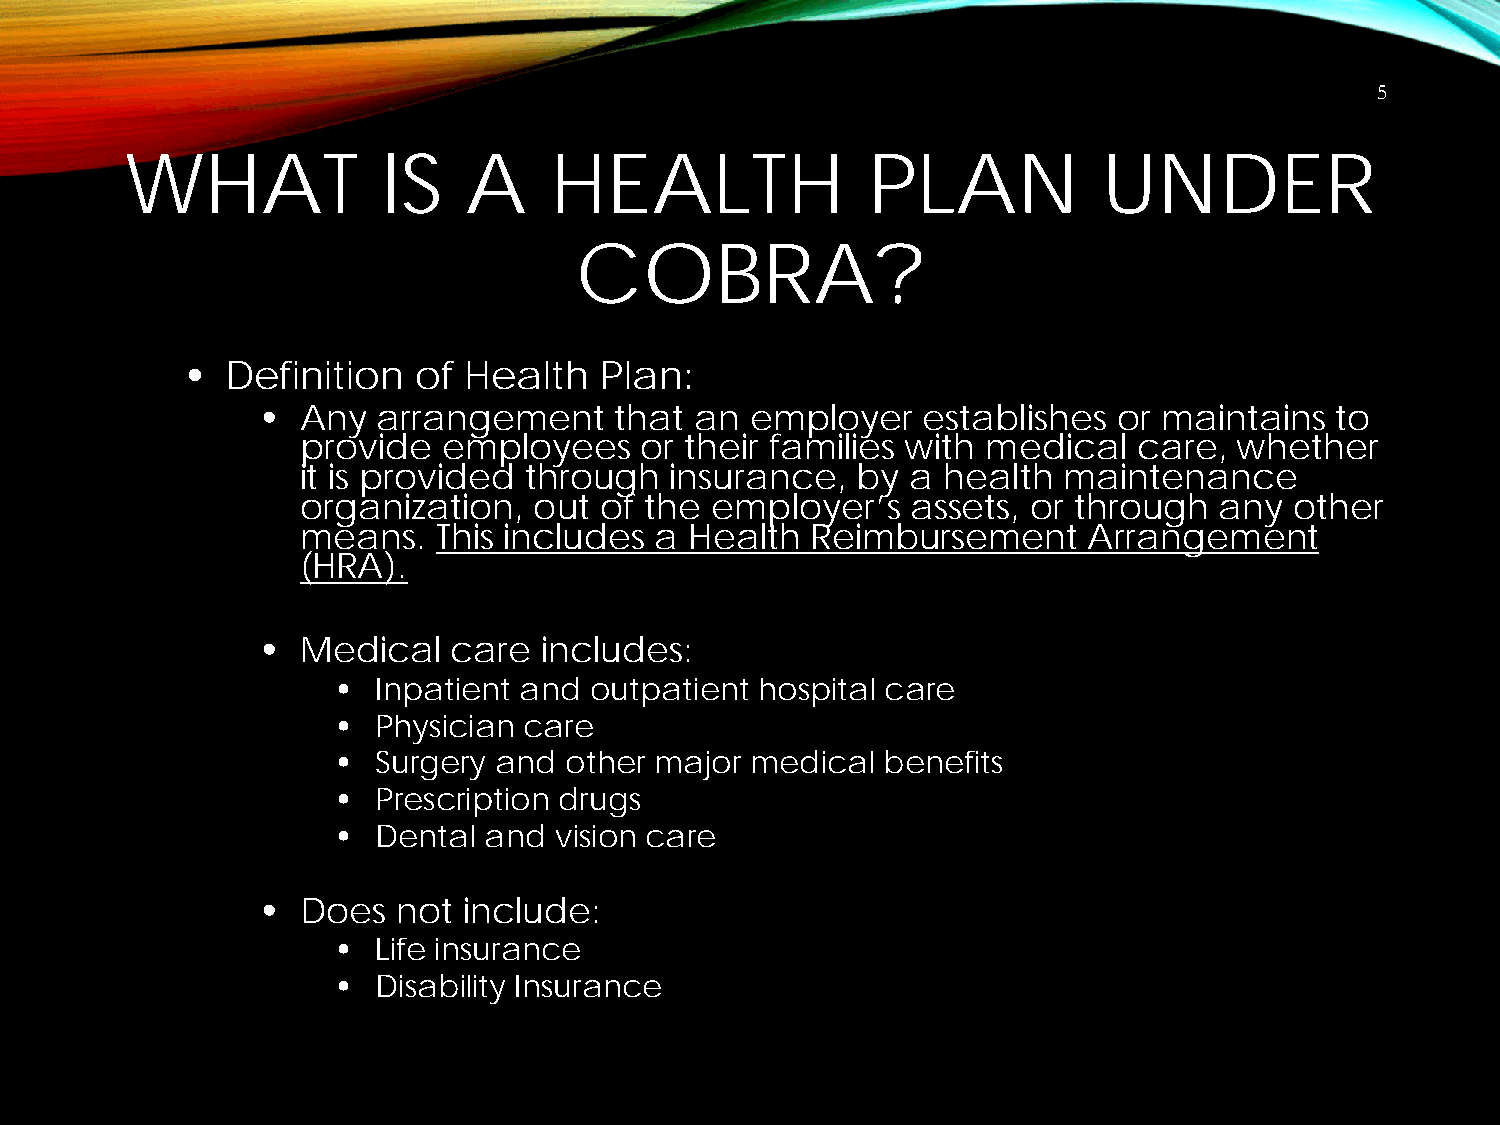
5
 WHAT             IS    A    HEALTH               PLAN            UNDER
 COBRA?
 •  Definition  of  Health   Plan:
 •  Any  arrangement     that an  employer   establishes  or maintains  to
 provide  employees    or their families with medical   care,  whether
 it is provided through  insurance,   by a health  maintenance
 organization,  out  of the employer’s   assets, or through   any  other
 means.   This includes a  Health  Reimbursement     Arrangement
 (HRA).
 •  Medical   care  includes:
 •  Inpatient and outpatient hospital care
 •  Physician care
 •  Surgery and other major  medical benefits
 •  Prescription drugs
 •  Dental and  vision care
 •  Does  not  include:
 •  Life insurance
 •  Disability Insurance